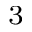
^ 3